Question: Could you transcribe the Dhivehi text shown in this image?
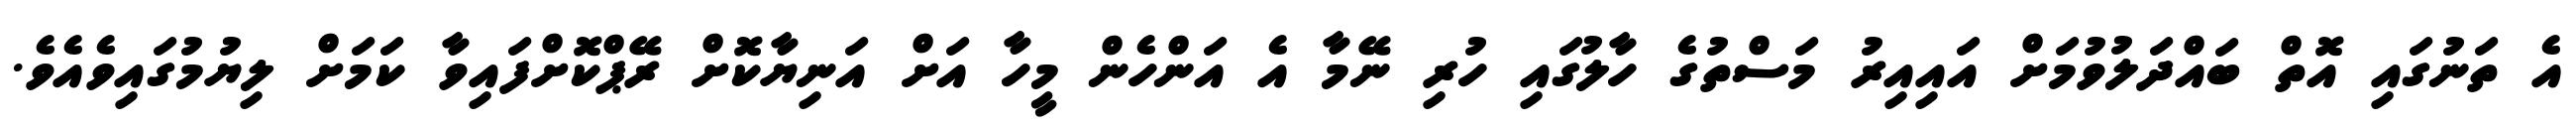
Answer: އެ ތަނުގައި އޮތް ބައްދަލުވުމަށް އައިއިރު މަސްތުގެ ހާލުގައި ހުރި ނޭމާ އެ އަންހެން މީހާ އަށް އަނިޔާކޮށް ރޭޕްކޮށްފައިވާ ކަމަށް ލިޔުމުގައިވެއެވެ.